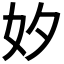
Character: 𡚵